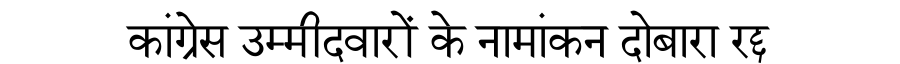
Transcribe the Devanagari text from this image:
कांग्रेस उम्मीदवारों के नामांकन दोबारा रद्द